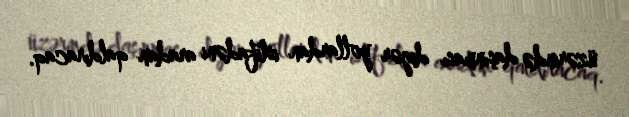
üzərində daşınması digər yollardan istifadəni aradan qaldıracaq.